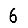
Digit: 6